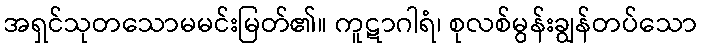
အရှင်သုတသောမမင်းမြတ်၏။ ကူဋာဂါရံ၊ စုလစ်မွန်းချွန်တပ်သော